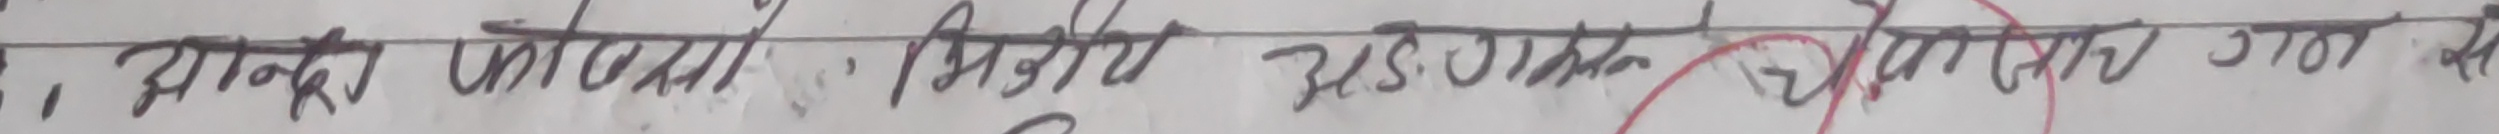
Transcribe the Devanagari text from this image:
3, पाक्का अन्तरेण भिडीय R.S.O.बाट गराईन जाने छ ।